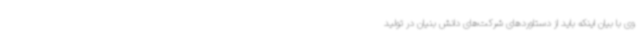
وی با بیان اینکه باید از دستاوردهای شرکت‌های دانش بنیان در تولید